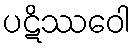
ပဋိဿဝေါ